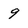
Character: 9